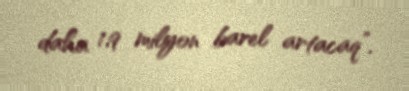
daha 1,9 milyon barel artacaq”.